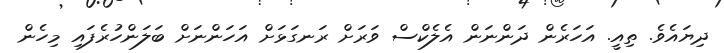
ދިޔައެވެ. ތިއީ. އަހަރެން ދަންނަން އެލެކްސް ވަރަށް ރަނގަޅަށް އަހަންނަށް ބަލަންހުރެފައި މިހެން